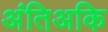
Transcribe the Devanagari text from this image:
अंतिअकि